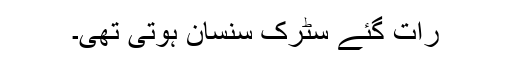
رات گئے سٹرک سنسان ہوتی تھی۔